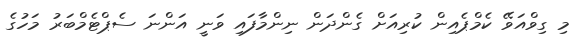
މި ގިވްއަވޭ ކެމްޕެއިން ކުރިއަށް ގެންދަން ނިންމާފައި ވަނީ އަންނަ ސެޕްޓެމްބަރު މަހުގެ